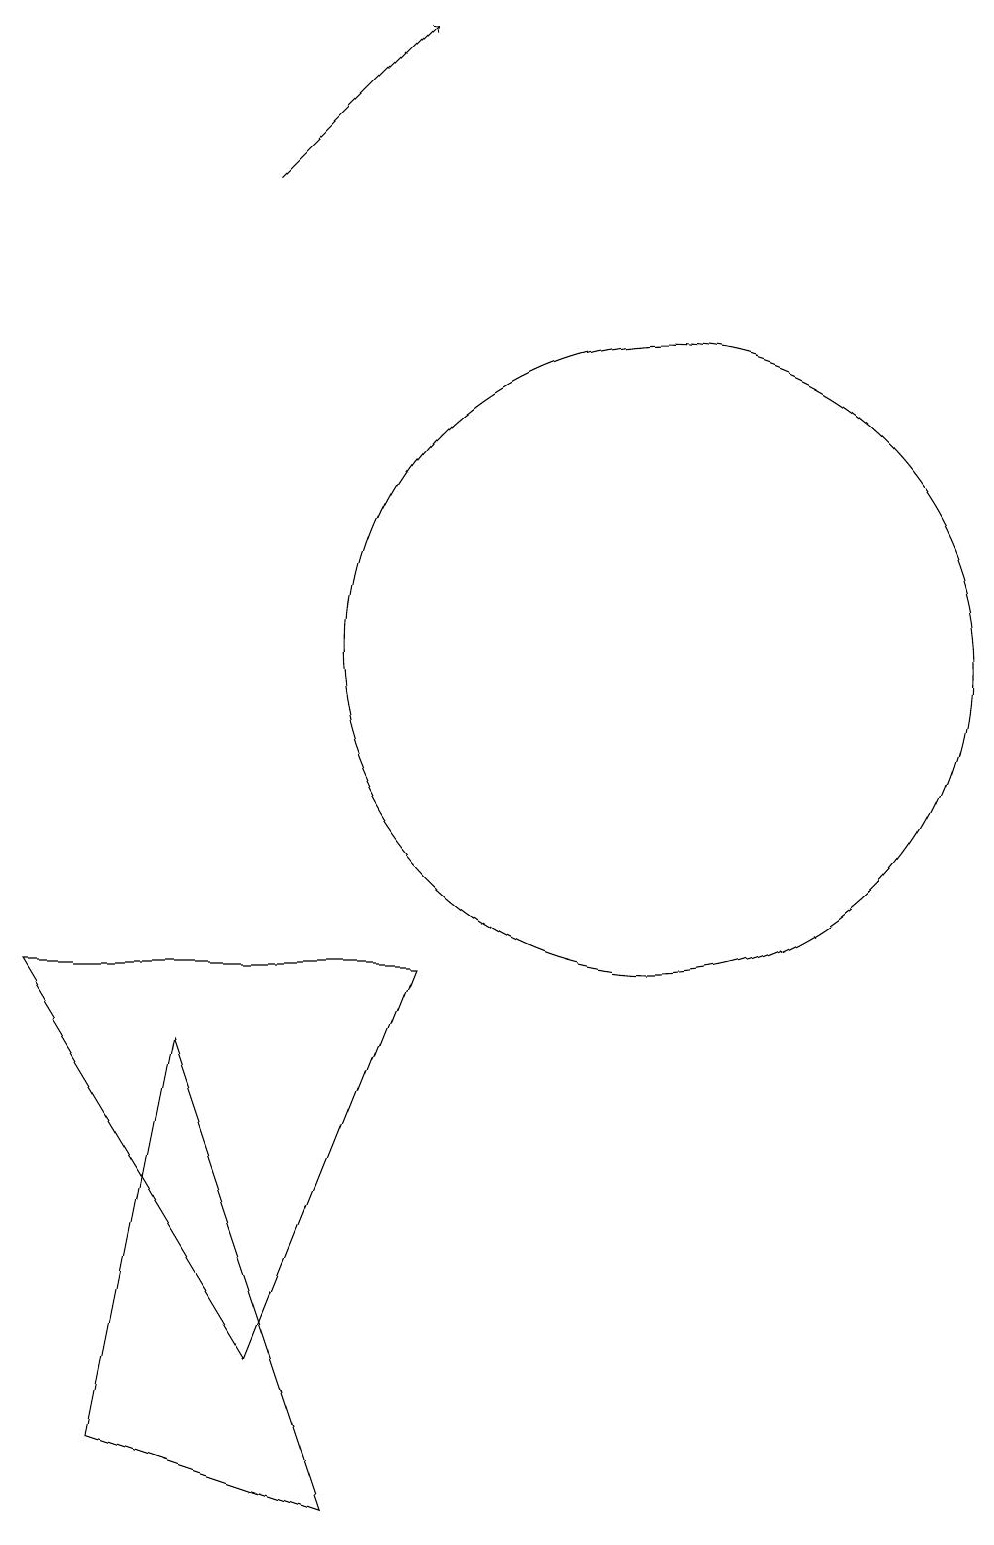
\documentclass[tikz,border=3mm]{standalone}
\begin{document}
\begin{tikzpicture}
\draw (12,11) circle (4);
\draw (5,1) -- (6,6) -- (8,0) -- cycle;
\draw[->] (7,17) -- (9,19);
\draw (7,2) -- (9,7) -- (4,7) -- cycle;
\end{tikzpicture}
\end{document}